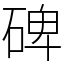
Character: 碑